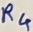
Text: R4